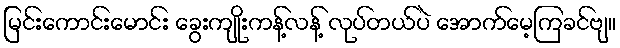
မြင်းကောင်းမောင်း ခွေးကျိုးကန့်လန့် လုပ်တယ်ပဲ အောက်မေ့ကြခင်ဗျ။